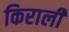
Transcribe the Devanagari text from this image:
किराली